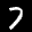
Label: 7